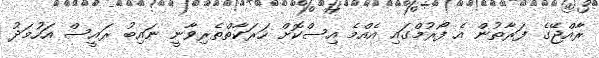
ރާއްޖޭގެ ފަރާތުން އެ ފޯރުމްގައި އެއްމެ އިސްކޮށް ހަރަކާތްތެރިވާނީ ނައިބު ރައީސް އަހުމަދު